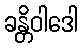
ခန္တိဝါဒေါ